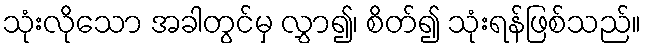
သုံးလိုသော အခါတွင်မှ လွှာ၍၊ စိတ်၍ သုံးရန်ဖြစ်သည်။